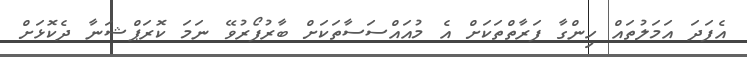
އެފަދަ އަމަލުތައް ހިންގާ ފަރާތްތަކަށް އެ މުއައްސަސާތަކަށް ބާރުފޯރުވޭ ނަމަ ކޮރަޕްޝަނާ ދެކޮޅަށް